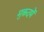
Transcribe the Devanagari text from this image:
मुक़दमें